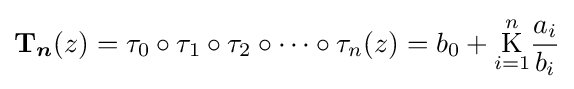
{\boldsymbol {\mathrm {T} }}_{\boldsymbol {n}}(z)=\tau _{0}\circ \tau _{1}\circ \tau _{2}\circ \cdots \circ \tau _{n}(z)=b_{0}+{\underset {i=1}{\overset {n}{\operatorname {K} }}}{\frac {a_{i}}{b_{i}}}